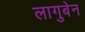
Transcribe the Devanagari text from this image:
लागुबेन